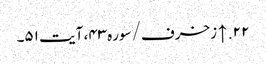
۲۲. ↑ زخرف/سوره۴۳، آیت ۵۱۔